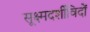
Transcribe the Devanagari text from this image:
सूक्ष्मदर्शीविदों